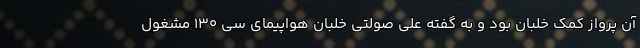
آن پرواز کمک خلبان بود و به گفته علی صولتی خلبان هواپیمای سی ۱۳۰ مشغول